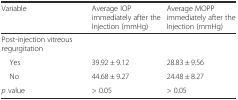
<table><thead><tr><td><b>Variable</b></td><td><b>Average IOP immediately after the Injection (mmHg)</b></td><td><b>Average MOPP immediately after the Injection (mmHg)</b></td></tr></thead><tbody><tr><td>Post-injection vitreous regurgitation</td><td></td><td></td></tr><tr><td> Yes</td><td>39.92 ± 9.12</td><td>28.83 ± 9.56</td></tr><tr><td> No</td><td>44.68 ± 9.27</td><td>24.48 ± 8.27</td></tr><tr><td><i>p</i> value</td><td>&gt; 0.05</td><td>&gt; 0.05</td></tr></tbody></table>